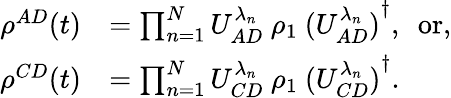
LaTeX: \begin{array}{rl}{\rho^{AD}(t)}&{=\prod_{n=1}^{N}U_{AD}^{\lambda_{n}}~\rho_{1}~{(U_{AD}^{\lambda_{n}})}^{\dagger},~~\mathrm{or},}\\ {\rho^{CD}(t)}&{=\prod_{n=1}^{N}U_{CD}^{\lambda_{n}}~\rho_{1}~{(U_{CD}^{\lambda_{n}})}^{\dagger}.}\end{array}